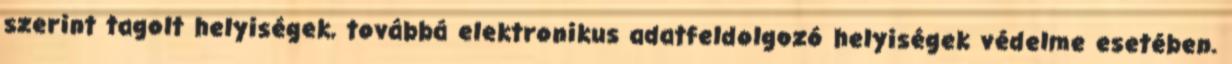
szerint tagolt helyiségek, továbbá elektronikus adatfeldolgozó helyiségek védelme esetében.